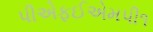
પીએફઈએમપી૧